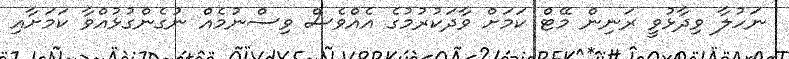
ނަހުލާ ވިދާޅުވީ ރަނިން މޭޓް ކަމަށް ވާދަކުރުމުގެ އެއްވެސް ވިސްނުމެއް ނުގެންގުޅުއްވާ ކަމަށާއި